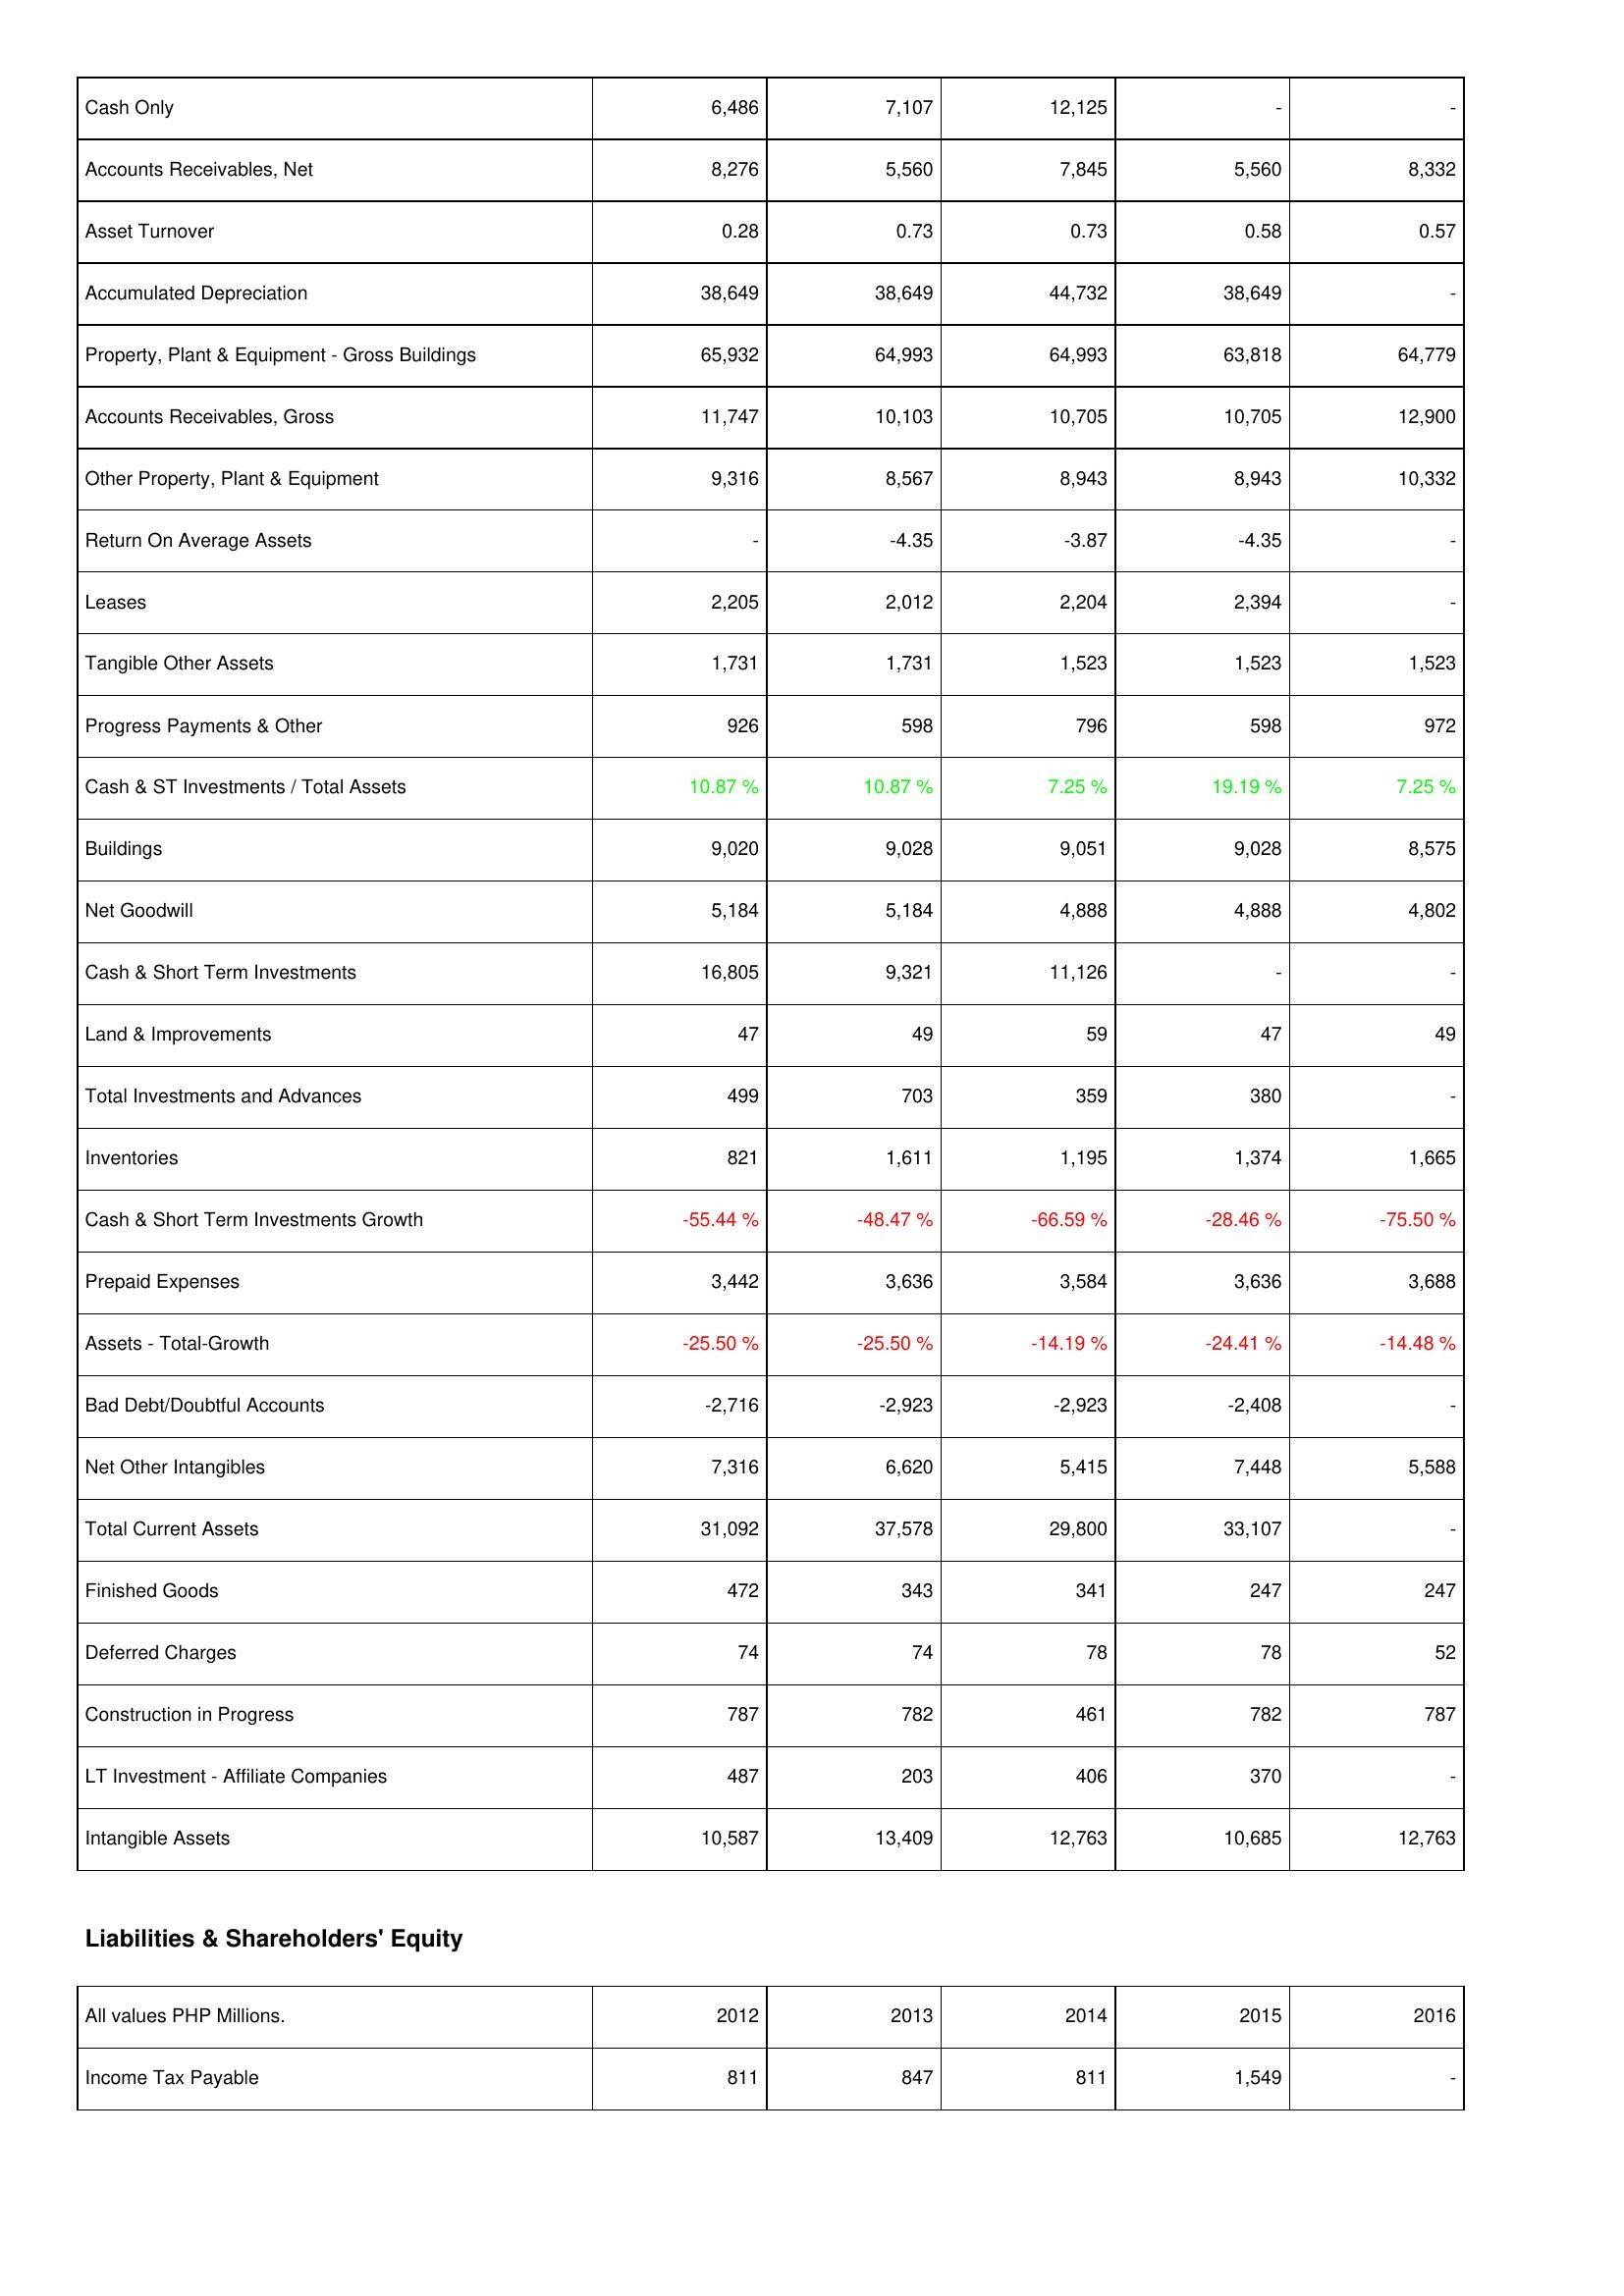
2012: Assets: Cash Only: 6,486
Accounts Receivables, Net: 8,276
Asset Turnover: 0.28
Accumulated Depreciation: 38,649
Property, Plant & Equipment - Gross Buildings: 65,932
Accounts Receivables, Gross: 11,747
Other Property, Plant & Equipment: 9,316
Return On Average Assets: -
Leases: 2,205
Tangible Other Assets: 1,731
Progress Payments & Other: 926
Cash & ST Investments / Total Assets: 10.87 %
Buildings: 9,020
Net Goodwill: 5,184
Cash & Short Term Investments: 16,805
Land & Improvements: 47
Total Investments and Advances: 499
Inventories: 821
Cash & Short Term Investments Growth: -55.44 %
Prepaid Expenses: 3,442
Assets - Total-Growth: -25.50 %
Bad Debt/Doubtful Accounts: -2,716
Net Other Intangibles: 7,316
Total Current Assets: 31,092
Finished Goods: 472
Deferred Charges: 74
Construction in Progress: 787
LT Investment - Affiliate Companies: 487
Intangible Assets: 10,587
Liabilities & Shareholders' Equity: Income Tax Payable: 811
2013: Assets: Cash Only: 7,107
Accounts Receivables, Net: 5,560
Asset Turnover: 0.73
Accumulated Depreciation: 38,649
Property, Plant & Equipment - Gross Buildings: 64,993
Accounts Receivables, Gross: 10,103
Other Property, Plant & Equipment: 8,567
Return On Average Assets: -4.35
Leases: 2,012
Tangible Other Assets: 1,731
Progress Payments & Other: 598
Cash & ST Investments / Total Assets: 10.87 %
Buildings: 9,028
Net Goodwill: 5,184
Cash & Short Term Investments: 9,321
Land & Improvements: 49
Total Investments and Advances: 703
Inventories: 1,611
Cash & Short Term Investments Growth: -48.47 %
Prepaid Expenses: 3,636
Assets - Total-Growth: -25.50 %
Bad Debt/Doubtful Accounts: -2,923
Net Other Intangibles: 6,620
Total Current Assets: 37,578
Finished Goods: 343
Deferred Charges: 74
Construction in Progress: 782
LT Investment - Affiliate Companies: 203
Intangible Assets: 13,409
Liabilities & Shareholders' Equity: Income Tax Payable: 847
2014: Assets: Cash Only: 12,125
Accounts Receivables, Net: 7,845
Asset Turnover: 0.73
Accumulated Depreciation: 44,732
Property, Plant & Equipment - Gross Buildings: 64,993
Accounts Receivables, Gross: 10,705
Other Property, Plant & Equipment: 8,943
Return On Average Assets: -3.87
Leases: 2,204
Tangible Other Assets: 1,523
Progress Payments & Other: 796
Cash & ST Investments / Total Assets: 7.25 %
Buildings: 9,051
Net Goodwill: 4,888
Cash & Short Term Investments: 11,126
Land & Improvements: 59
Total Investments and Advances: 359
Inventories: 1,195
Cash & Short Term Investments Growth: -66.59 %
Prepaid Expenses: 3,584
Assets - Total-Growth: -14.19 %
Bad Debt/Doubtful Accounts: -2,923
Net Other Intangibles: 5,415
Total Current Assets: 29,800
Finished Goods: 341
Deferred Charges: 78
Construction in Progress: 461
LT Investment - Affiliate Companies: 406
Intangible Assets: 12,763
Liabilities & Shareholders' Equity: Income Tax Payable: 811
2015: Assets: Cash Only: -
Accounts Receivables, Net: 5,560
Asset Turnover: 0.58
Accumulated Depreciation: 38,649
Property, Plant & Equipment - Gross Buildings: 63,818
Accounts Receivables, Gross: 10,705
Other Property, Plant & Equipment: 8,943
Return On Average Assets: -4.35
Leases: 2,394
Tangible Other Assets: 1,523
Progress Payments & Other: 598
Cash & ST Investments / Total Assets: 19.19 %
Buildings: 9,028
Net Goodwill: 4,888
Cash & Short Term Investments: -
Land & Improvements: 47
Total Investments and Advances: 380
Inventories: 1,374
Cash & Short Term Investments Growth: -28.46 %
Prepaid Expenses: 3,636
Assets - Total-Growth: -24.41 %
Bad Debt/Doubtful Accounts: -2,408
Net Other Intangibles: 7,448
Total Current Assets: 33,107
Finished Goods: 247
Deferred Charges: 78
Construction in Progress: 782
LT Investment - Affiliate Companies: 370
Intangible Assets: 10,685
Liabilities & Shareholders' Equity: Income Tax Payable: 1,549
2016: Assets: Cash Only: -
Accounts Receivables, Net: 8,332
Asset Turnover: 0.57
Accumulated Depreciation: -
Property, Plant & Equipment - Gross Buildings: 64,779
Accounts Receivables, Gross: 12,900
Other Property, Plant & Equipment: 10,332
Return On Average Assets: -
Leases: -
Tangible Other Assets: 1,523
Progress Payments & Other: 972
Cash & ST Investments / Total Assets: 7.25 %
Buildings: 8,575
Net Goodwill: 4,802
Cash & Short Term Investments: -
Land & Improvements: 49
Total Investments and Advances: -
Inventories: 1,665
Cash & Short Term Investments Growth: -75.50 %
Prepaid Expenses: 3,688
Assets - Total-Growth: -14.48 %
Bad Debt/Doubtful Accounts: -
Net Other Intangibles: 5,588
Total Current Assets: -
Finished Goods: 247
Deferred Charges: 52
Construction in Progress: 787
LT Investment - Affiliate Companies: -
Intangible Assets: 12,763
Liabilities & Shareholders' Equity: Income Tax Payable: -